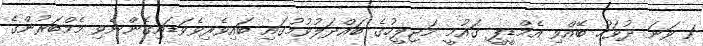
1 ވަނަ ދުވަހު ބޭއްވި އެމްޑީޕީ ގައުމީ މަޖިލީހުގެ ބައްދަލުވުމުގައި ބައިވެރިވެވަޑައިގެންނެވި މެމްބަރުންގެ